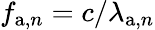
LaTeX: f_{\mathrm{a},n}=c/\lambda_{\mathrm{a},n}